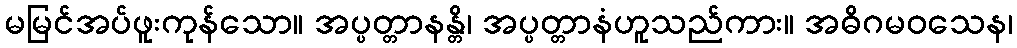
မမြင်အပ်ဖူးကုန်သော။ အပ္ပတ္တာနန္တိ၊ အပ္ပတ္တာနံဟူသည်ကား။ အဓိဂမဝသေန၊